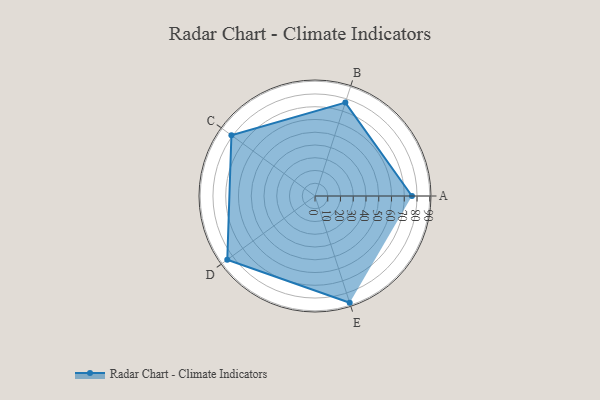
{"axis": {"x": "Skill", "y": "Score"}, "legend": ["Profile"], "data": [{"x": "A", "y": 76.0, "type": "Profile"}, {"x": "B", "y": 77.0, "type": "Profile"}, {"x": "C", "y": 81.0, "type": "Profile"}, {"x": "D", "y": 85.0, "type": "Profile"}, {"x": "E", "y": 88.0, "type": "Profile"}]}